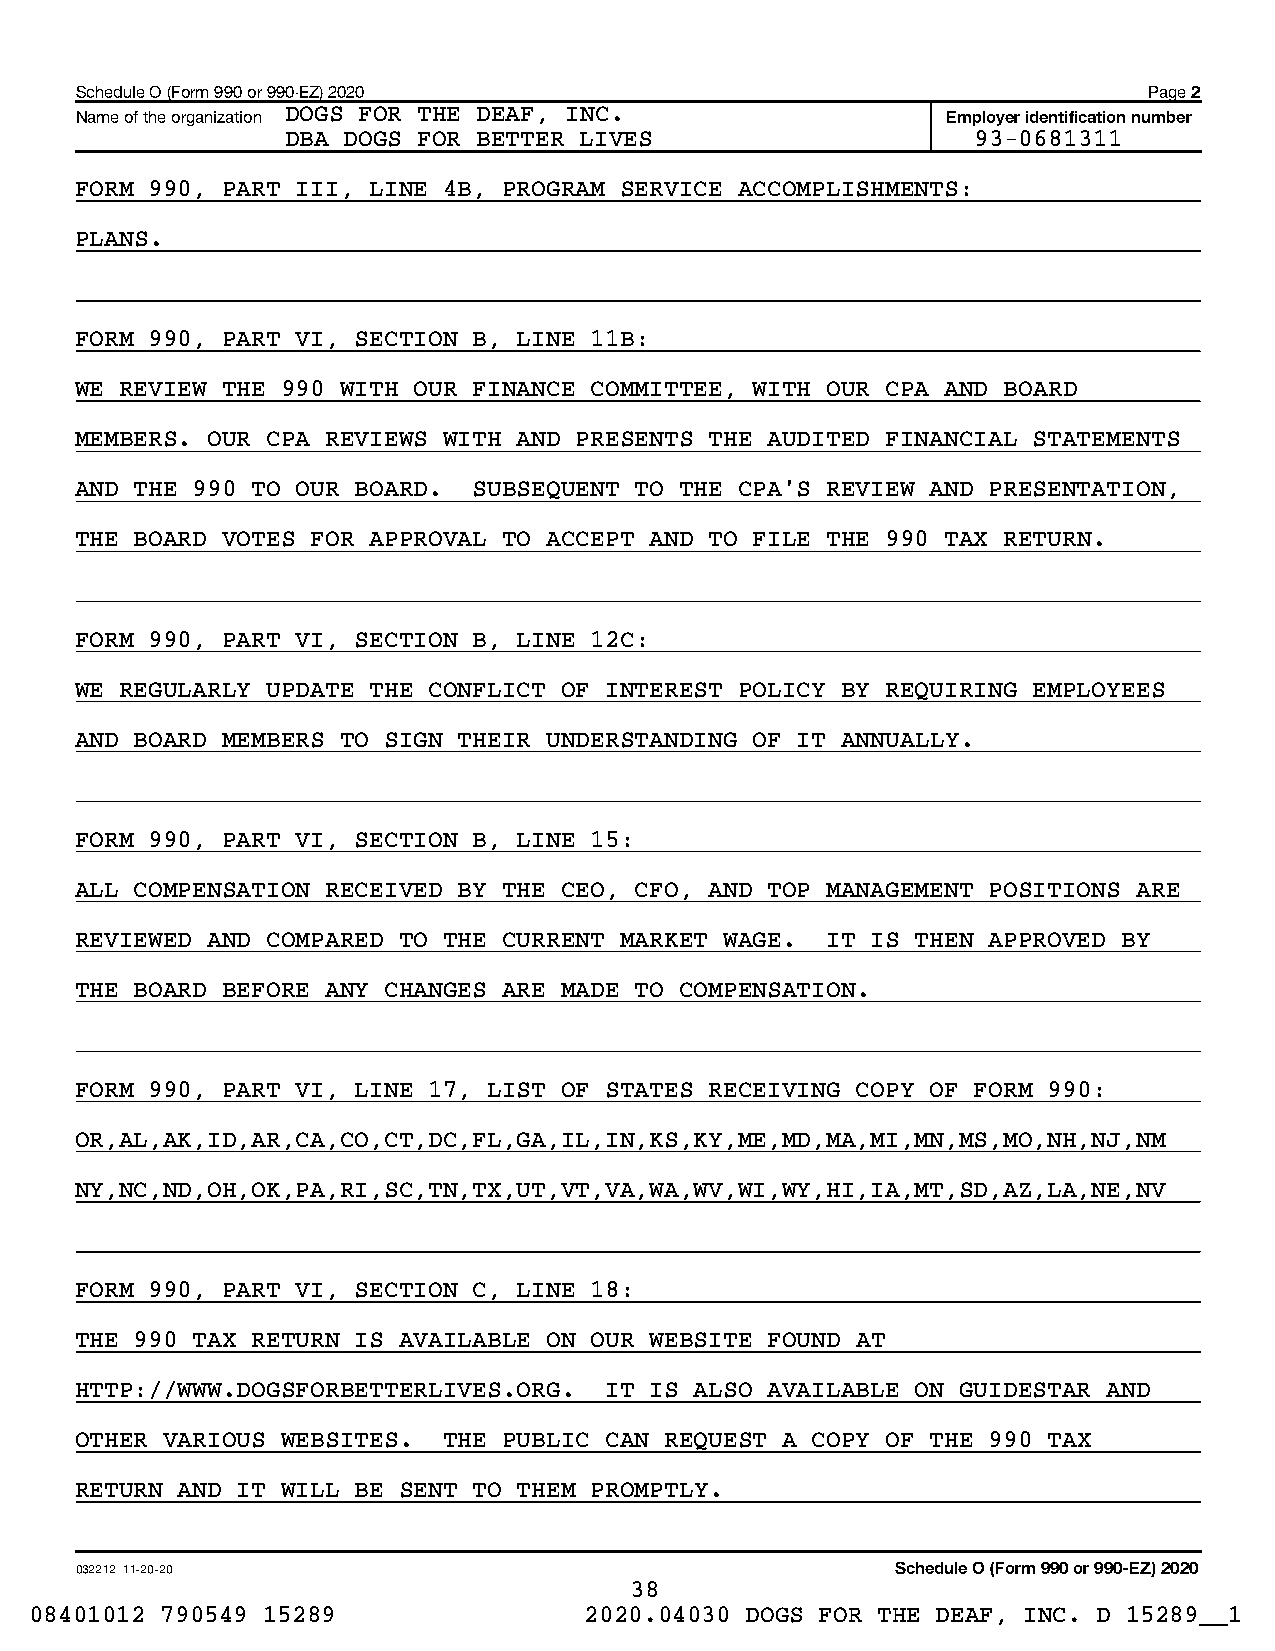
Schedule O (Form 990 or 990-EZ) 2020                                   Page 2
 Name of the organization DOGS FOR THE DEAF, INC.          Employer identification number
 DBA DOGS FOR BETTER LIVES                     93-0681311
 FORM 990, PART III, LINE 4B, PROGRAM SERVICE ACCOMPLISHMENTS:
 PLANS.
 FORM 990, PART VI, SECTION B, LINE 11B:
 WE REVIEW THE 990 WITH OUR FINANCE COMMITTEE, WITH OUR CPA AND BOARD
 MEMBERS. OUR CPA REVIEWS WITH AND PRESENTS THE AUDITED FINANCIAL STATEMENTS
 AND THE 990 TO OUR BOARD. SUBSEQUENT TO THE CPA'S REVIEW AND PRESENTATION,
 THE BOARD VOTES FOR APPROVAL TO ACCEPT AND TO FILE THE 990 TAX RETURN.
 FORM 990, PART VI, SECTION B, LINE 12C:
 WE REGULARLY UPDATE THE CONFLICT OF INTEREST POLICY BY REQUIRING EMPLOYEES
 AND BOARD MEMBERS TO SIGN THEIR UNDERSTANDING OF IT ANNUALLY.
 FORM 990, PART VI, SECTION B, LINE 15:
 ALL COMPENSATION RECEIVED BY THE CEO, CFO, AND TOP MANAGEMENT POSITIONS ARE
 REVIEWED AND COMPARED TO THE CURRENT MARKET WAGE. IT IS THEN APPROVED BY
 THE BOARD BEFORE ANY CHANGES ARE MADE TO COMPENSATION.
 FORM 990, PART VI, LINE 17, LIST OF STATES RECEIVING COPY OF FORM 990:
 OR,AL,AK,ID,AR,CA,CO,CT,DC,FL,GA,IL,IN,KS,KY,ME,MD,MA,MI,MN,MS,MO,NH,NJ,NM
 NY,NC,ND,OH,OK,PA,RI,SC,TN,TX,UT,VT,VA,WA,WV,WI,WY,HI,IA,MT,SD,AZ,LA,NE,NV
 FORM 990, PART VI, SECTION C, LINE 18:
 THE 990 TAX RETURN IS AVAILABLE ON OUR WEBSITE FOUND AT
 HTTP://WWW.DOGSFORBETTERLIVES.ORG. IT IS ALSO AVAILABLE ON GUIDESTAR AND
 OTHER VARIOUS WEBSITES. THE PUBLIC CAN REQUEST A COPY OF THE 990 TAX
 RETURN AND IT WILL BE SENT TO THEM PROMPTLY.
 032212 11-20-20                                       Schedule O (Form 990 or 990-EZ) 2020
 38
 08401012 790549 15289                2020.04030 DOGS FOR THE DEAF, INC. D 15289__1